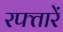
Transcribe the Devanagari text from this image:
रफ्तारें